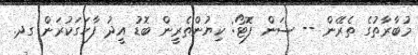
މުބާރާތުގެ ތެރޭން -- ސަން ފޮޓޯ: ކިޔުންތެރީން ބޮޑު އީދު ފާހަގަކުރަން ގދ.